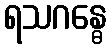
ရသဂန္ဓေ